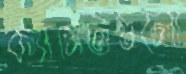
ক্যাসেটগুলো